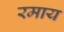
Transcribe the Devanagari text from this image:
रमाय